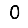
Digit: 0